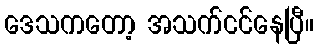
ဒေသကတော့ အသက်ငင်နေပြီ။